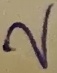
Text: 2